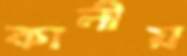
কালীয়